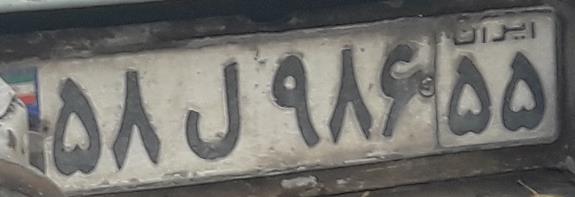
۵۸ل۹۸۶۵۵